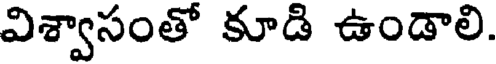
విశ్వాసంతో కూడి ఉండాలి.